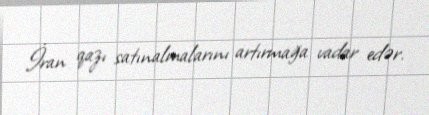
İran qazı satınalmalarını artırmağa vadar edər.